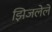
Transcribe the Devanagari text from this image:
झिजलेले